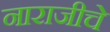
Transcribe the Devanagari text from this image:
नाराजीचे